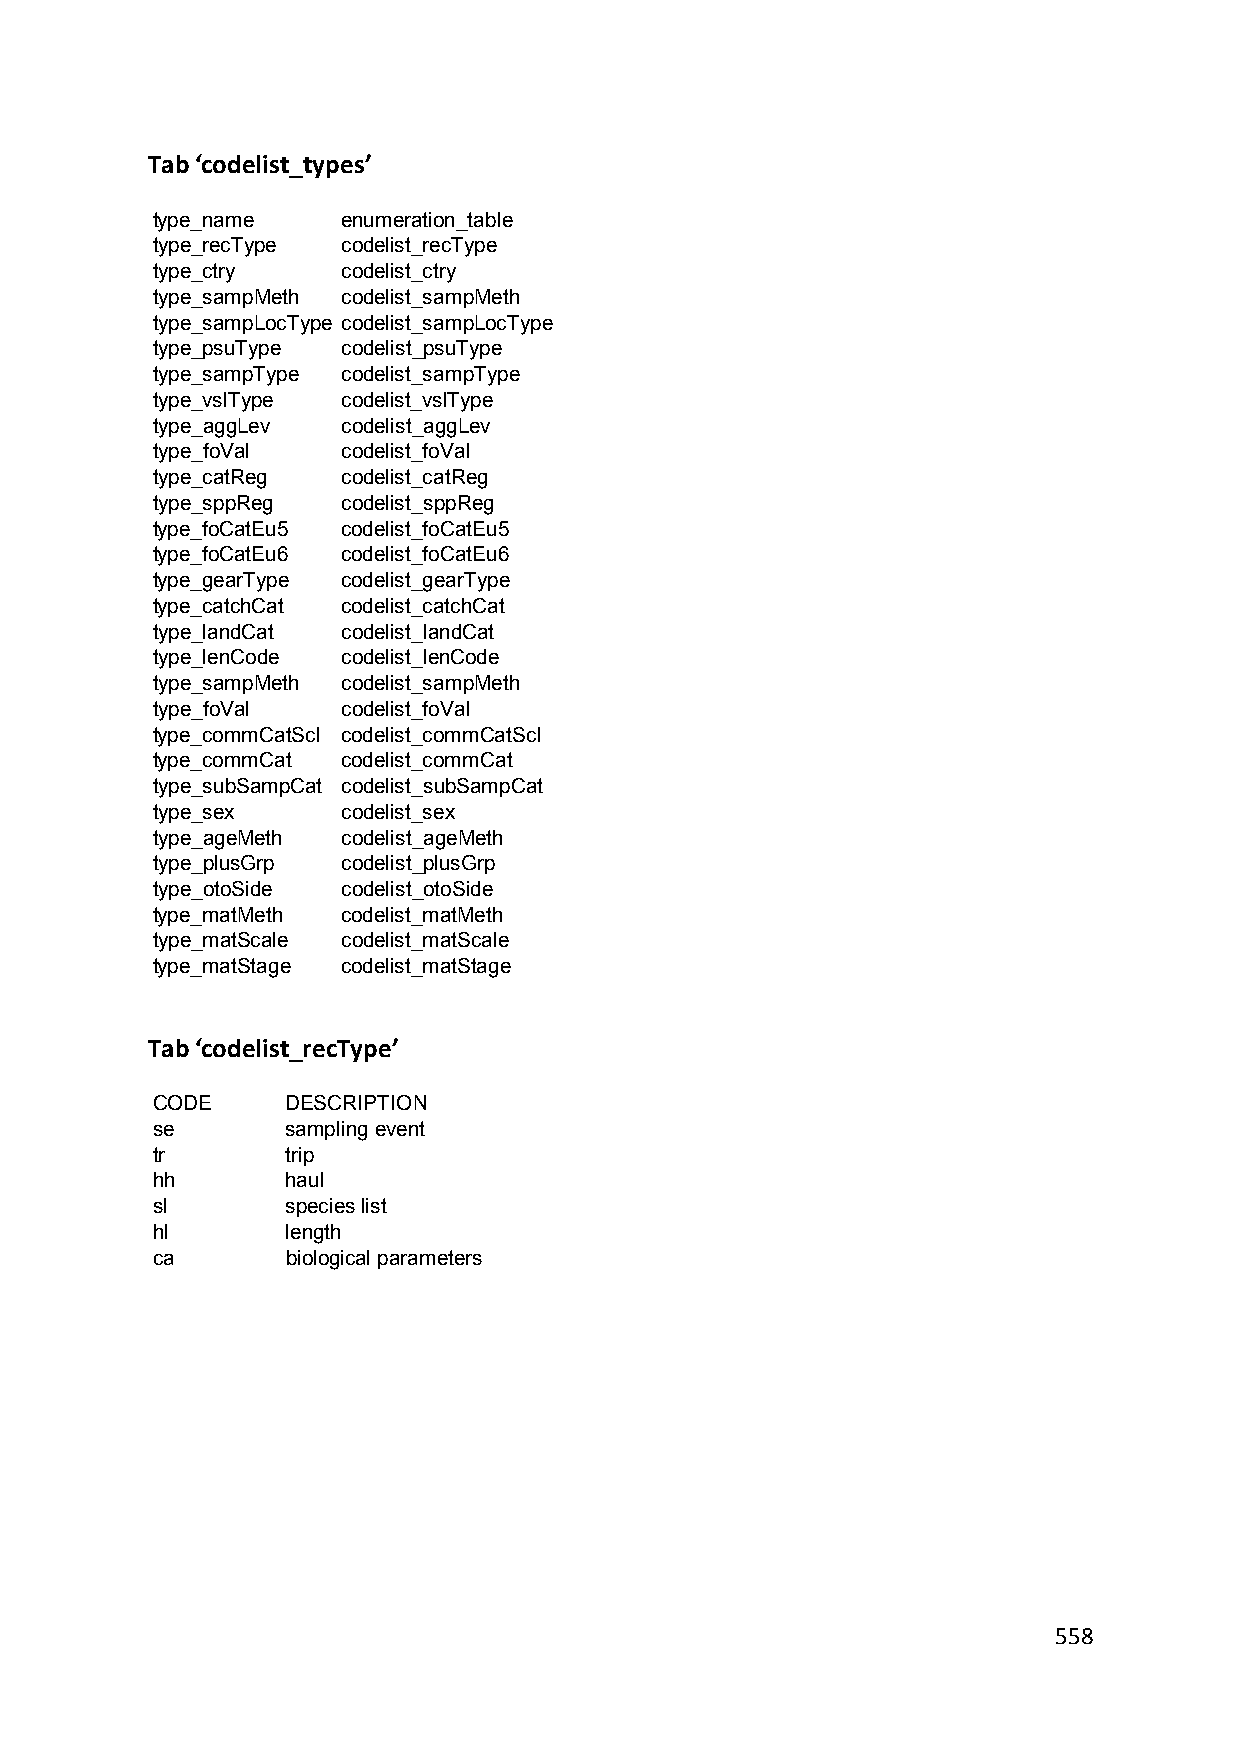
Tab ‘codelist_types’
 type_name    enumeration_table
 type_recType codelist_recType
 type_ctry    codelist_ctry
 type_sampMeth codelist_sampMeth
 type_sampLocType codelist_sampLocType
 type_psuType codelist_psuType
 type_sampType codelist_sampType
 type_vslType codelist_vslType
 type_aggLev  codelist_aggLev
 type_foVal   codelist_foVal
 type_catReg  codelist_catReg
 type_sppReg  codelist_sppReg
 type_foCatEu5 codelist_foCatEu5
 type_foCatEu6 codelist_foCatEu6
 type_gearType codelist_gearType
 type_catchCat codelist_catchCat
 type_landCat codelist_landCat
 type_lenCode codelist_lenCode
 type_sampMeth codelist_sampMeth
 type_foVal   codelist_foVal
 type_commCatScl codelist_commCatScl
 type_commCat codelist_commCat
 type_subSampCat codelist_subSampCat
 type_sex     codelist_sex
 type_ageMeth codelist_ageMeth
 type_plusGrp codelist_plusGrp
 type_otoSide codelist_otoSide
 type_matMeth codelist_matMeth
 type_matScale codelist_matScale
 type_matStage codelist_matStage
 Tab ‘codelist_recType’
 CODE     DESCRIPTION
 se       sampling event
 tr       trip
 hh       haul
 sl       species list
 hl       length
 ca       biological parameters
 558